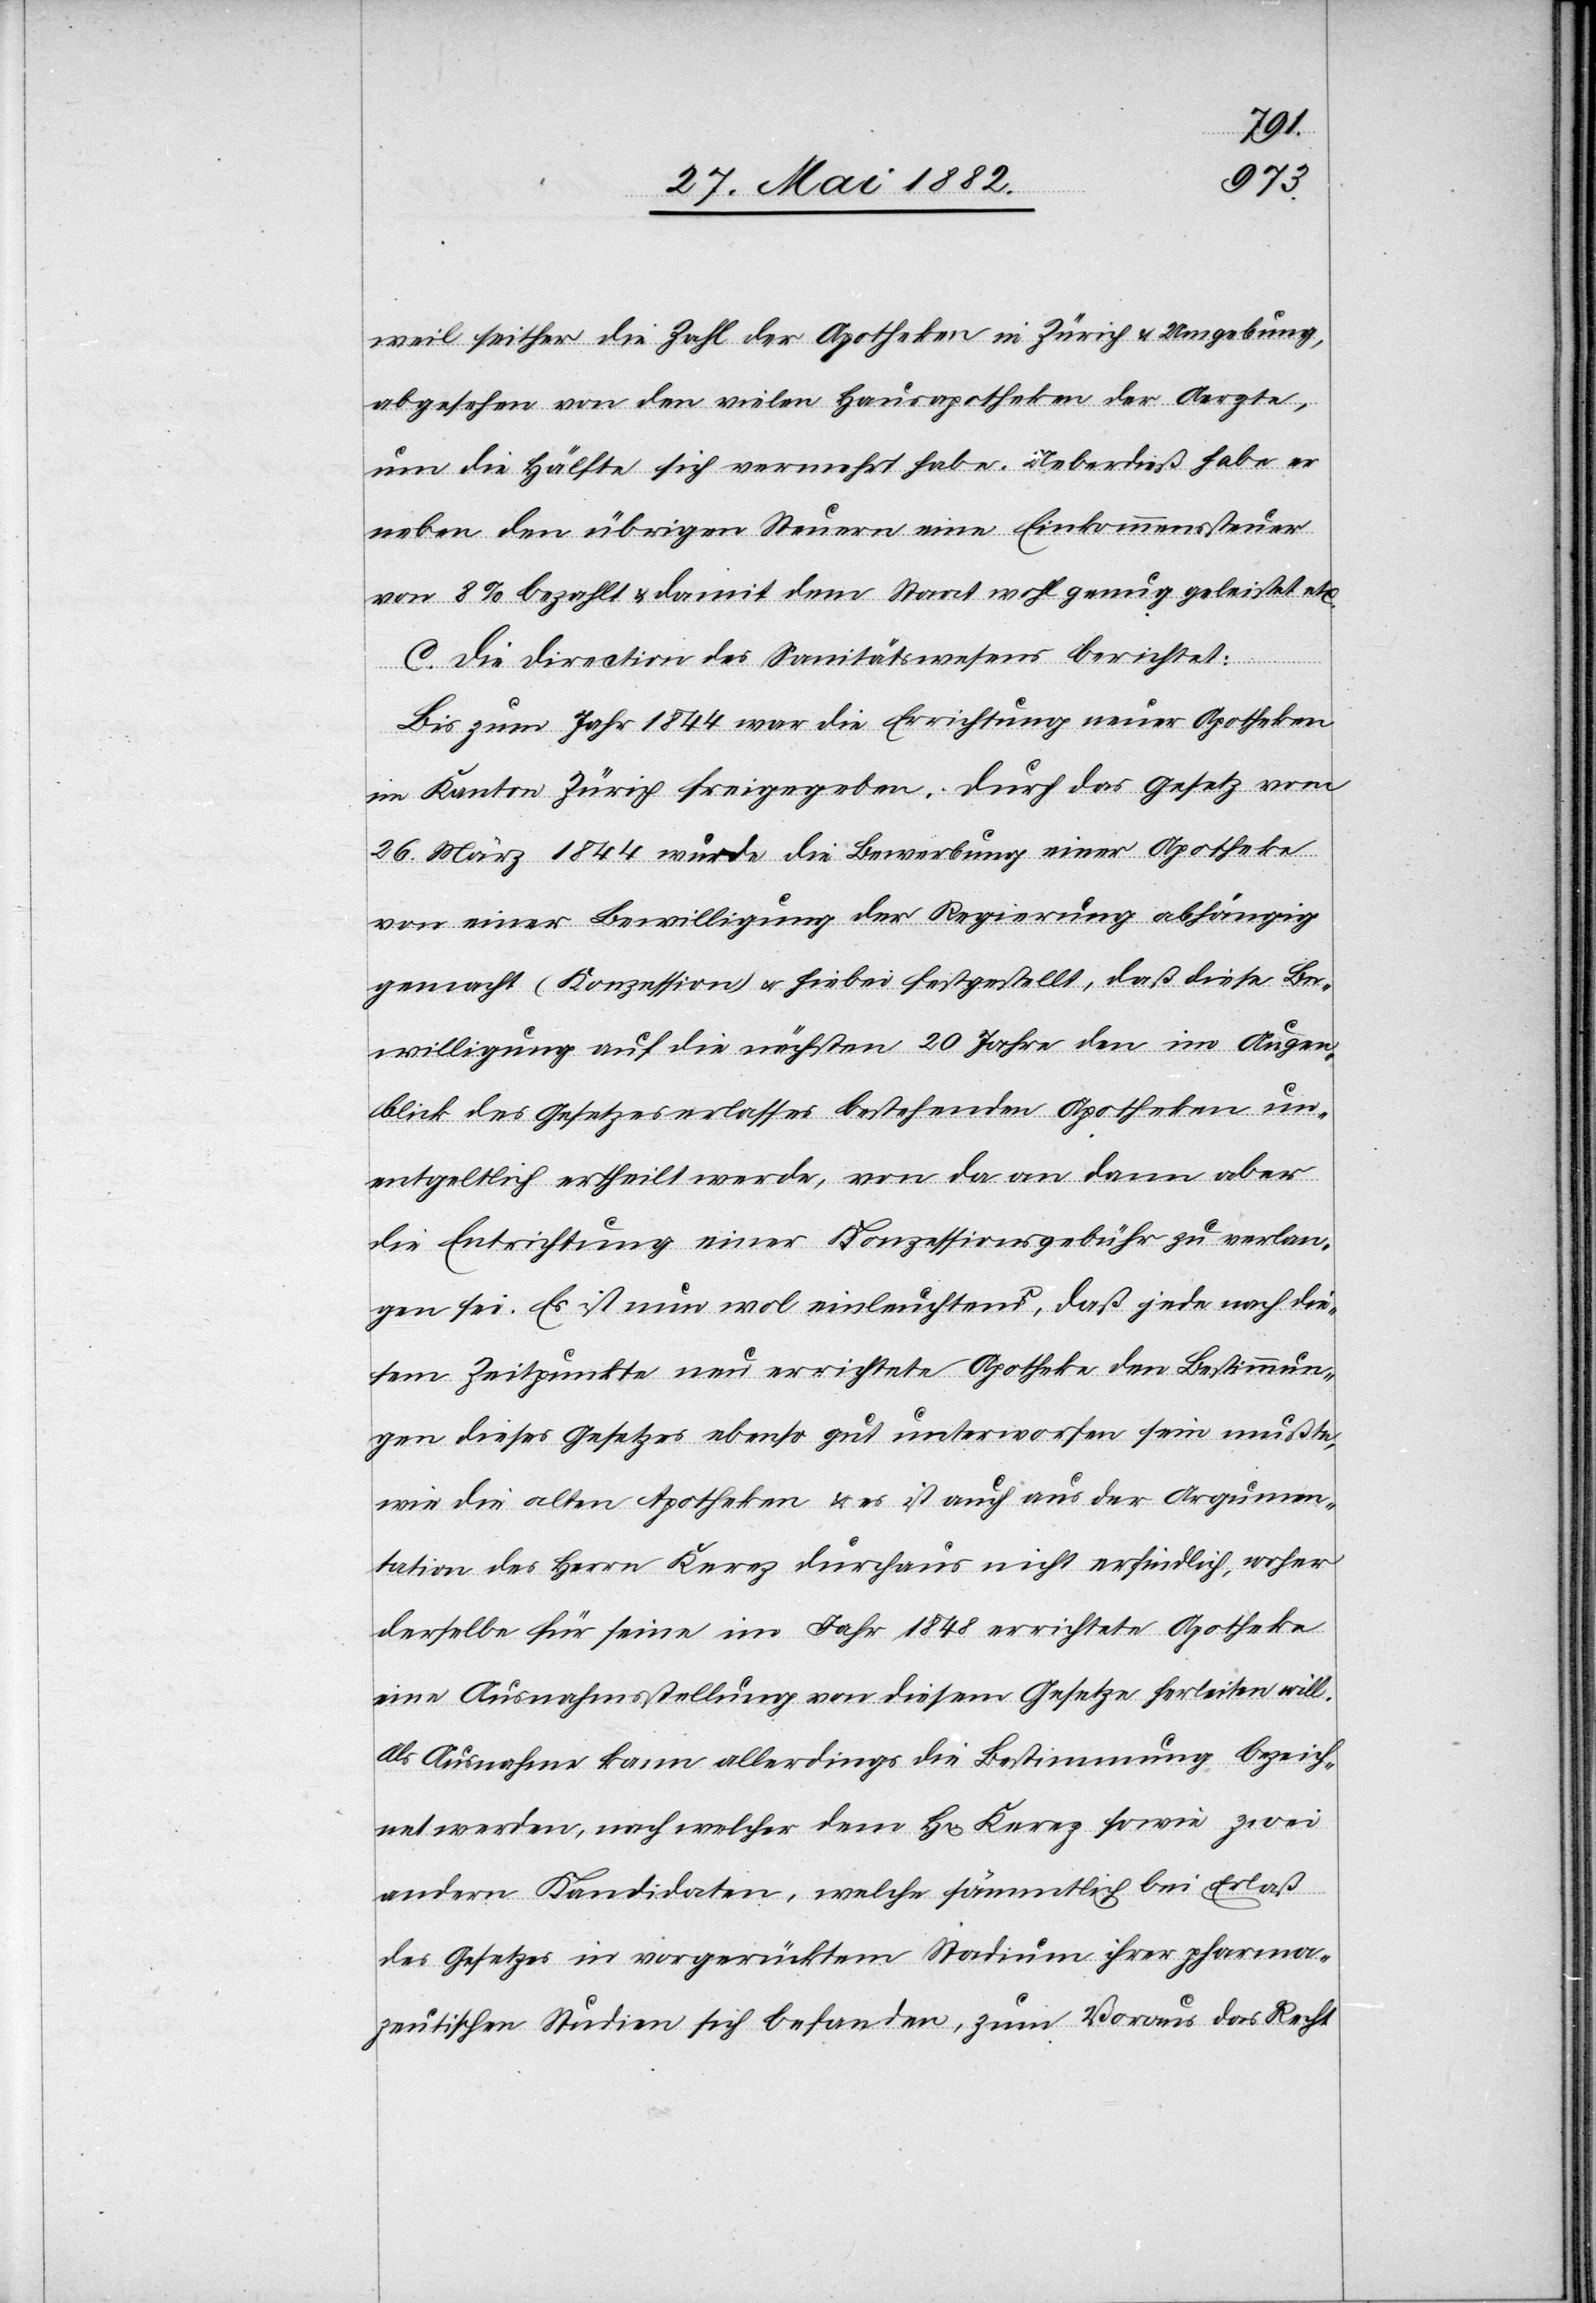
weil seither die Zahl der Apotheken in Zürich & Umgebung,
abgesehen von den vielen Hausapotheken der Aerzte,
um die Hälfte sich vermehrt habe. Ueberdieß habe er
neben den übrigen Steuern eine Einkommenssteuer
von 8% bezahlt & damit dem Staat wohl genug geleistet etc.
C. Die Direction des Sanitätswesens berichtet:
Bis zum Jahr 1844 war die Errichtung neuer Apotheken
im Kanton Zürich freigegeben. Durch das Gesetz vom
26. März 1844 wurde die Bewerbung einer Apotheke
von einer Bewilligung der Regierung abhängig
gemacht (Konzession) u. hiebei festgestellt, daß diese Be¬
willigung auf die nächsten 20 Jahre den im Augen¬
blick des Gesetzeserlasses bestehenden Apotheken un¬
entgeltlich ertheilt werde, von da an dann aber
die Entrichtung einer Konzessionsgebühr zu verlan¬
gen sei. Es ist nun wol einleuchtend, daß jede nach die¬
sem Zeitpunkte neu errichtete Apotheke den Bestimmun¬
gen dieses Gesetzes ebenso gut unterworfen sein mußte,
wie die alten Apotheken & es ist auch aus der Argumen¬
tation des Herrn Kerez durchaus nicht erfindlich, woher
derselbe für seine im Jahr 1848 errichtete Apotheke
eine Ausnahmsstellung von diesem Gesetze herleiten will.
Als Ausnahme kann allerdings die Bestimmung bezeich¬
net werden, nach welcher dem H[rn]. Kerez sowie zwei
andern Kandidaten, welche sämmtlich bei Erlaß
des Gesetzes in vorgerücktem Stadium ihrer pharma¬
zeutischen Studien sich befanden, zum Voraus das Recht